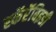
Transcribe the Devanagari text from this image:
स्कॅरॅबिइडी